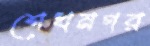
শেখনগর